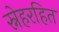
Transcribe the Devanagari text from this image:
स्नेहरहित